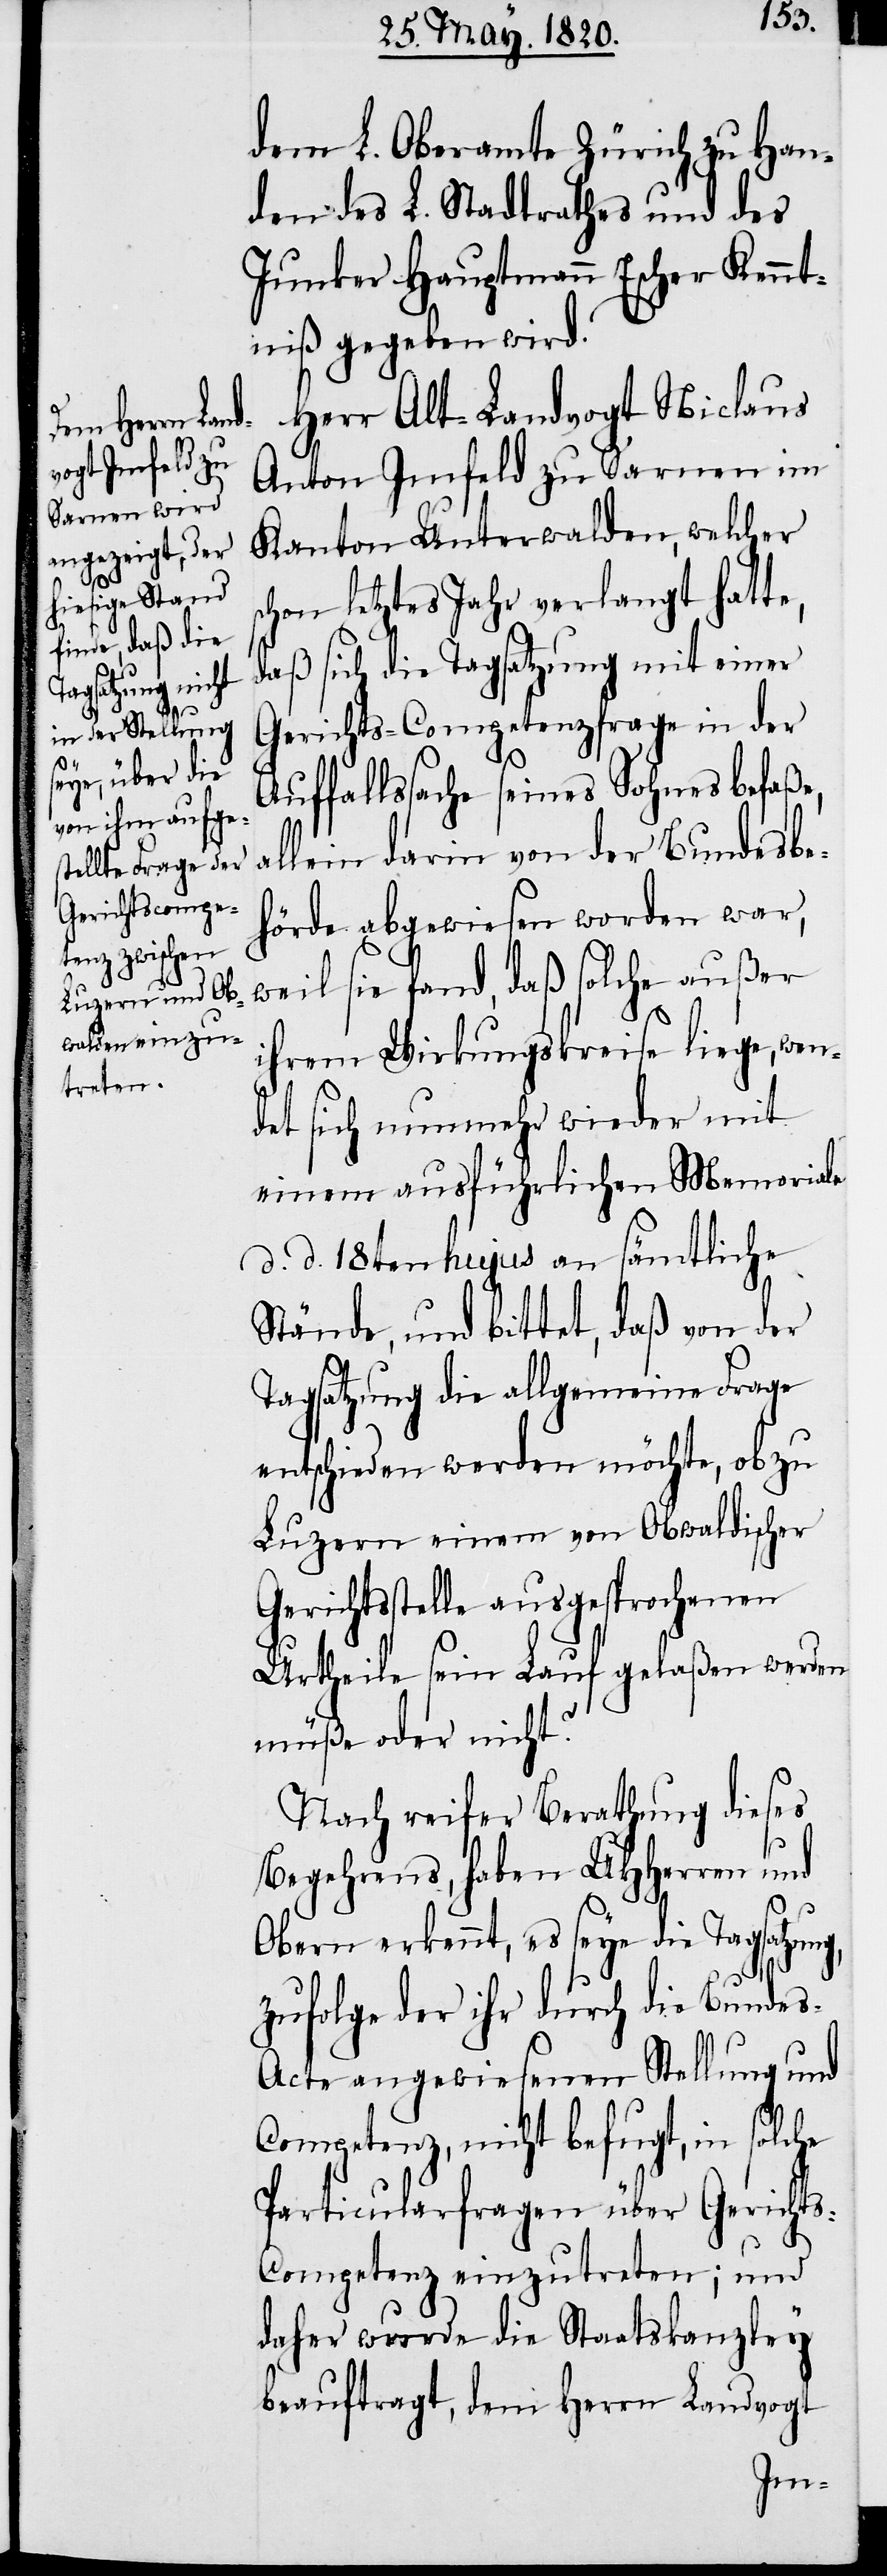
s¬

Herr Alt-Landvogt Niclaus
Anton Imfeld zu Sarnen im
Kanton Unterwalden, welcher
chon letztes Jahr verlangt hatte,
daß sich die Tagsatzung mit einer
Gerichts-Competenzfrage in der
Auffallssache seines Sohnes befaße,
allein darin von der Bundesbe¬
hörde abgewiesen worden war,
weil sie fand, daß solche außer
ihrem Wirkungskreise liege, wen¬
det sich nunmehr wieder mit
einem ausführlichen Memoriale
d. d. 18ten hujus an sämtliche
Stände, und bittet, daß von der
Tagsatzung die allgemeine Frage
entschieden werden möchte, ob zu
Luzern einem von Obwaldischer
Gerichtsstelle ausgesprochenen
Urtheile sein Lauf gelaßen werden
müße oder nicht?
Nach reifer Berathung dieses
Begehrens, haben UHHerren und
Obern erkennt, es seye die Tagsatzung,
zufolge der ihr durch die Bunde¬
s-Acte angewiesenen Stellung und
Competenz, nicht befugt, in solche
Particularfragen über Gericht¬
s-Competenz einzutreten; und
daher wurde die Staatskanzley
beauftragt, dem Herrn Landvogt